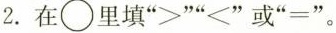
2.在\circ里填“>”“<”或“=”。